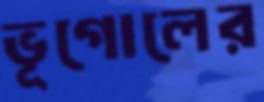
ভূগোলের